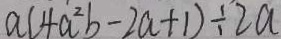
a ( 4 a ^ { 2 } b - 2 a + 1 ) \div 2 a